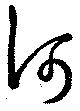
河